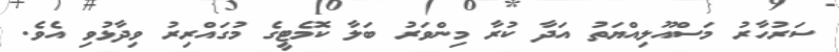
ސަރުހާރު މަސްއޫލިއްޔަތު އަދާ ކުރާ މިންވަރު ބަލާ ކޮމެޓީގެ މުގައްރިރު ވިދާޅުވި އެވެ.